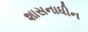
શાસનાધીન